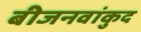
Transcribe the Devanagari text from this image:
बीजनवांकुद